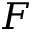
\boldsymbol { F }